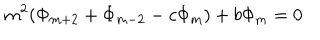
m ^ { 2 } ( \Phi _ { m + 2 } + \Phi _ { m - 2 } - c \Phi _ { m } ) + b \Phi _ { m } = 0